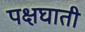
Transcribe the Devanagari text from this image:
पक्षघाती